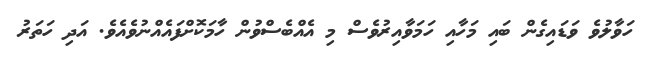
ހަވާލުވެ ވަޑައިގެން ބައި މަހާއި ހަމަވާއިރުވެސް މި އެއްބެސްވުން ހާމަކޮށްފައެއްނުވެއެވެ. އަދި ހަތަރު